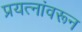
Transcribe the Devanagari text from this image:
प्रयत्‍नांवरून